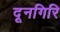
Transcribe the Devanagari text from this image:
दूनगिरि